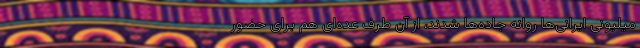
میلیونی ایرانی‌ها روانه جاده‌ها شدند، از آن طرف عده‌ای هم برای حضور